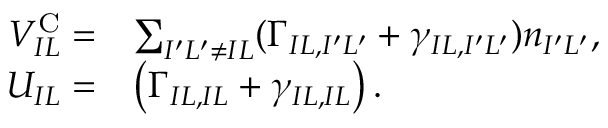
\begin{array} { r l } { V _ { I L } ^ { \mathrm { C } } = } & { \sum _ { { I ^ { \prime } L ^ { \prime } \ne I L } } ( \Gamma _ { I L , I ^ { \prime } L ^ { \prime } } + \gamma _ { I L , I ^ { \prime } L ^ { \prime } } ) n _ { I ^ { \prime } L ^ { \prime } } , } \\ { U _ { I L } = } & { \left( \Gamma _ { I L , I L } + \gamma _ { I L , I L } \right) . } \end{array}